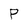
Character: P